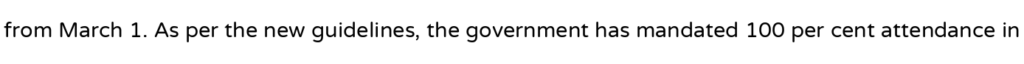
from March 1. As per the new guidelines, the government has mandated 100 per cent attendance in